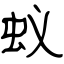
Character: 蚁